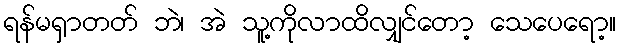
ရန်မရှာတတ် ဘဲ၊ အဲ သူ့ကိုလာထိလျှင်တော့ သေပေရော့။